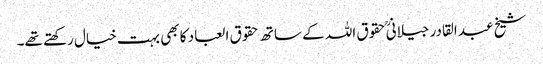
شیخ عبد القادر جیلانیؒ حقوق اللہ کے ساتھ حقوق العباد کا بھی بہت خیال رکھتے تھے۔